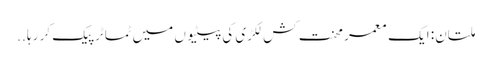
ملتان: ایک معمر محنت کش لکڑی کی پیٹیوں میں ٹماٹر پیک کر رہا ..